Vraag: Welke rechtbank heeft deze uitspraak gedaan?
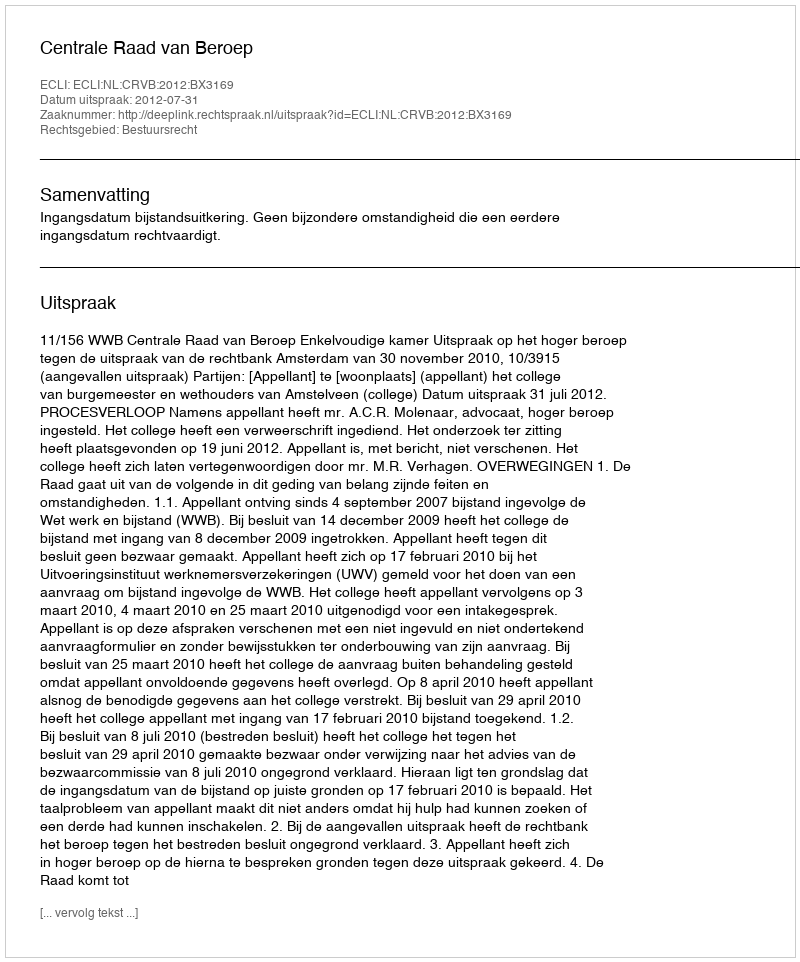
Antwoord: Centrale Raad van Beroep